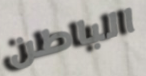
الباطن